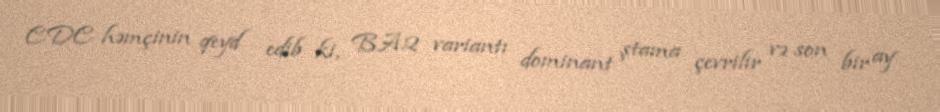
CDC həmçinin qeyd edib ki, BA.2 variantı dominant ştama çevrilir və son bir ay